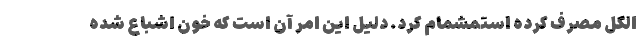
الکل مصرف کرده استمشمام کرد. دلیل این امر آن است که خون اشباع شده